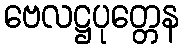
ဗေလဋ္ဌပုတ္တေန